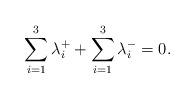
LaTeX: \begin{align*} \sum_{i=1}^3 \lambda_i^+ + \sum_{i=1}^3 \lambda_i^-=0.\end{align*}